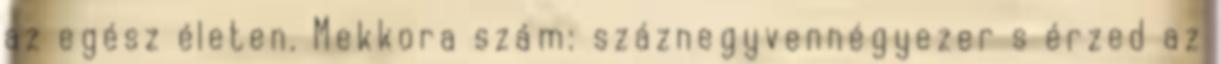
az egész életen. Mekkora szám: száznegyvennégyezer s érzed az